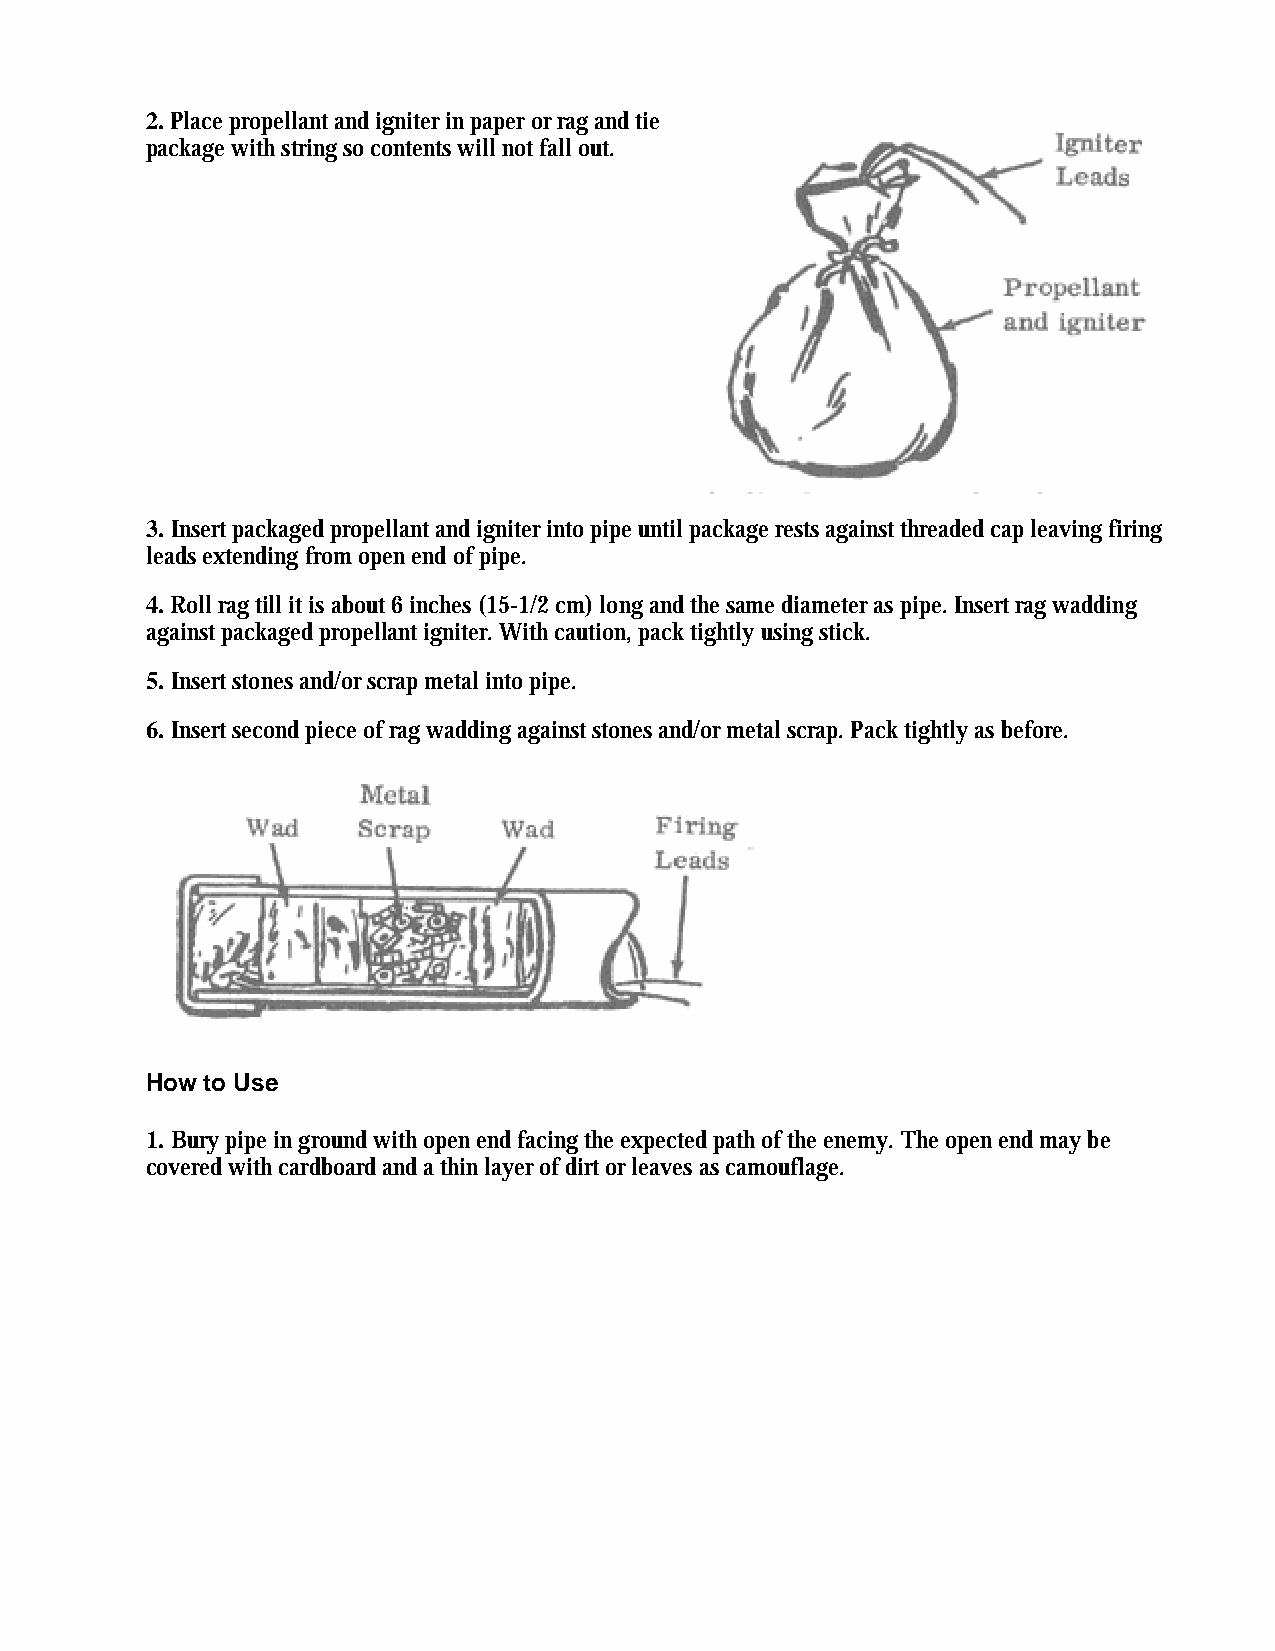
2. Place propellant and igniter in paper or rag and tie
 package with string so contents will not fall out.
 3. Insert packaged propellant and igniter into pipe until package rests against threaded cap leaving firing
 leads extending from open end of pipe.
 4. Roll rag till it is about 6 inches (15-1/2 cm) long and the same diameter as pipe. Insert rag wadding
 against packaged propellant igniter. With caution, pack tightly using stick.
 5. Insert stones and/or scrap metal into pipe.
 6. Insert second piece of rag wadding against stones and/or metal scrap. Pack tightly as before.
 How to Use
 1. Bury pipe in ground with open end facing the expected path of the enemy. The open end may be
 covered with cardboard and a thin layer of dirt or leaves as camouflage.